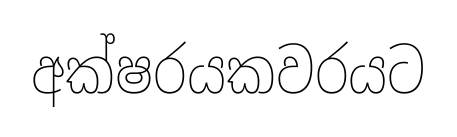
අක්ෂරයකවරයට